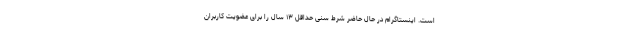
است. اینستاگرام در حال حاضر شرط سنی حداقل ۱۳ سال را برای عضویت کاربران